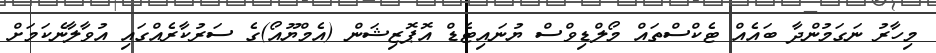
މިހާރު ނަގަމުންދާ ބައެއް ޓެކްސްތައް މޯލްޑިވްސް ޔުނައިޓެޑް އޮޕޮޒިޝަން (އެމްޔޫއޯ)ގެ ސަރުކާރެއްގައި އުވާލާނެކަމަށް